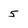
Character: 5